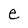
Character: e